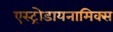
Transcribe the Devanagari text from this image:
एस्ट्रोडायनामिक्स